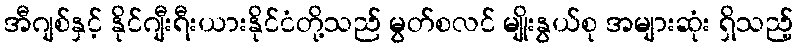
အီဂျစ်နှင့် နိုင်ဂျီးရီးယားနိုင်ငံတို့သည် မွတ်စလင် မျိုးနွယ်စု အများဆုံး ရှိသည့်